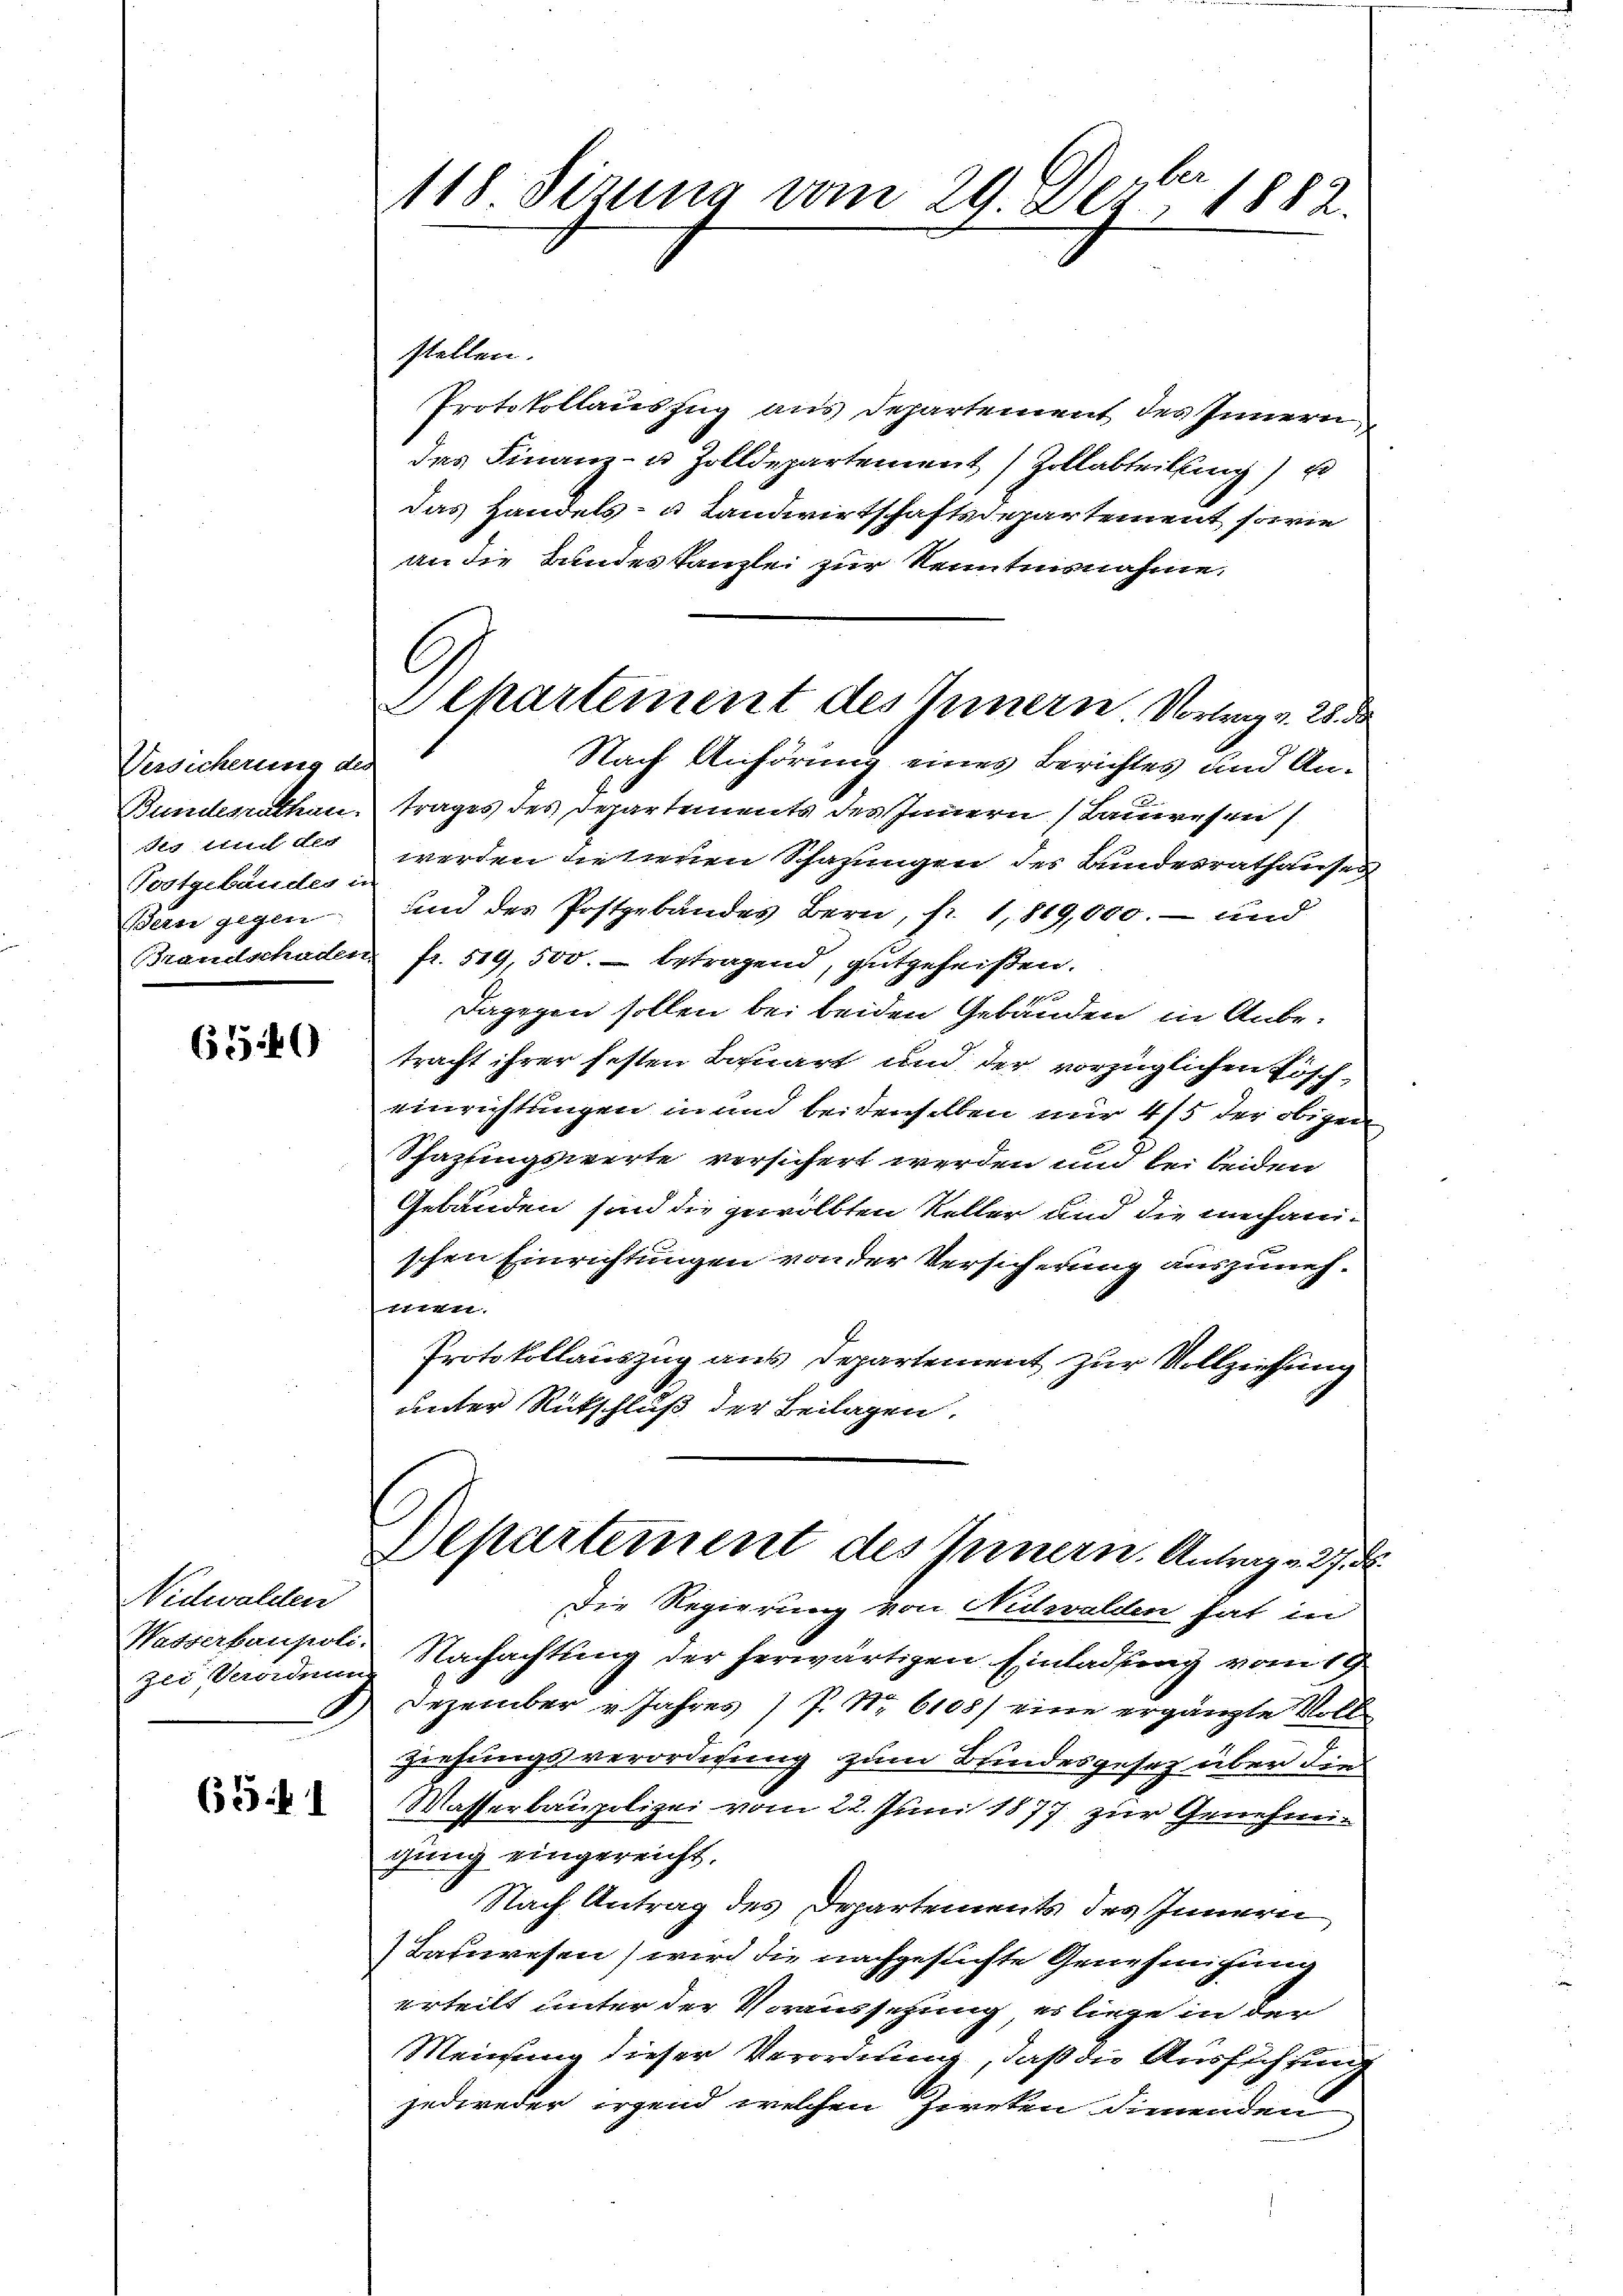
Versicherung der
Bundesrathen.
Ao und des
Postgebäudes in
Ben gegen
Brandschaden

6540

Nidwalden
Wasserbaupoli
zu Panden

635 f 1

118 Sirung vom 29. Der 1882.

Schartement des Innern Vortrag d. 28. da

stellen.
Protokollauszug aus Departement des Innern
das Finanz- u. Zolldepartement (Zollabteilung) Er
das Handels- u Landwirtschaftsdepartement sowie
an die Bundes Tanzlei zur Kenntnisnahme.
Nach Anhörung eines Berichtes und Antrages des Departements des Innern (Bauwesen s
werden betreuen Schazungen des Bundesrathauses
und der Postgebändes Bern, fr. 1819,000. – und
fr. 519, 500. betragend, gutgeheißen.
dagegen sollen bei beiden Gebäuden in Anbe-
tracht ihrer festen Bauart und der vorzüglichen Lösch-
einrichtungen in und beidenselben mir 4/5 der obigen
Schazungswerte versichert werden und bei beiden
Gebäuden sind die gewölbten Keller und die mechani-
schen Einrichtungen von der Versicherung auszunehfften.
Protokollauszug aus Departement zur Vollziehung
unter Rückschluß der Beilagen.
Departement des Innern. Antrag 27. d.
Die Regierung von Nidwalden hat in
Nachachtung der herwärtigen Einladung vom 19.
Dezember u. Jahres 1 J. Nr. 6105) eine ergänzte Voll
ziehungsverordnung zum Kindesgesez über die
Masserbaupolizei vom 22. Juni 1877 zur Genehmi-
gung eingereicht.
Nach Antrag des Departements des Innern
) Bauwesen wird die nachgesuchte Genehmigung
erteilt unter der Voraussehung erliege in der
Meinung dieser Verordnung, daß die Ausführung
jedireder irgend welchen Zweken dienenden